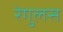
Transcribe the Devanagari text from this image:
रेगुलस